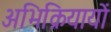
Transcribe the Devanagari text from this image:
अभिक्रियायों